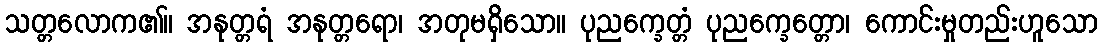
သတ္တလောက၏။ အနုတ္တရံ အနုတ္တရော၊ အတုမရှိသော။ ပုညက္ခေတ္တံ ပုညက္ခေတ္တော၊ ကောင်းမှုတည်းဟူသော